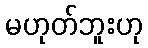
မဟုတ်ဘူးဟု